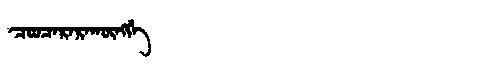
Manchu: ᠴᠣᠣᠴᠠᡵᠠᡵᠠᡴᡡᠩᡤᡝ
Romanization: COOCARARAKŪNGGE